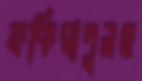
ফকিরাপুলও